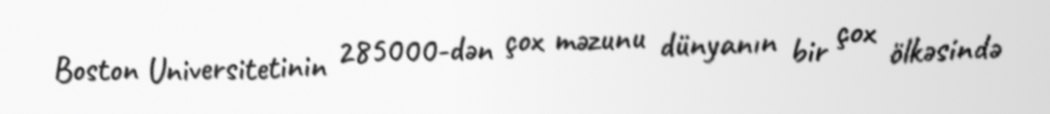
Boston Universitetinin 285000-dən çox məzunu dünyanın bir çox ölkəsində